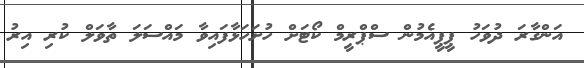
އަންގާރަ ދުވަހު ޕީޕީއެމުން ސްޕްރީމް ކޯޓަށް ހުށަހަޅާފައިވާ މައްސަލަ ތާވަލް ކުރި އިރު